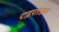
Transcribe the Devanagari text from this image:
पाइपलाइनने